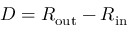
D = R _ { \mathrm { o u t } } - R _ { \mathrm { i n } }